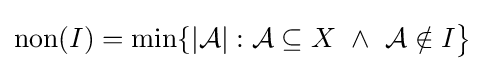
\operatorname {non} (I)=\min\{|{\mathcal {A}}|:{\mathcal {A}}\subseteq X\ \wedge \ {\mathcal {A}}\notin I{\big \}}